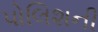
પોલિશની